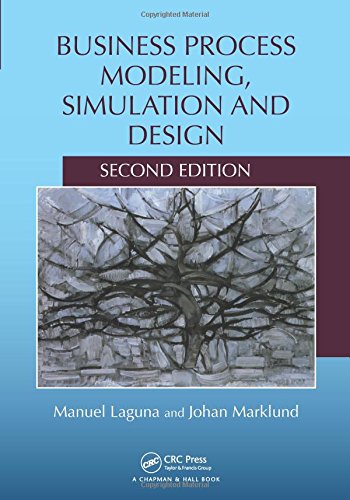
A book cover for Business Process Modeling, Simulation and Design, Second Edition; Manuel Laguna; Business & Money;